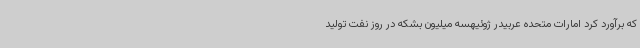
که برآورد کرد امارات متحده عربیدر ژوئیهسه میلیون بشکه در روز نفت تولید